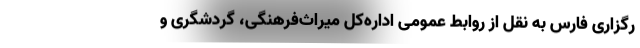
رگزاری فارس به نقل از روابط عمومی اداره‌کل میراث‌فرهنگی، گردشگری و